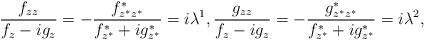
LaTeX: \begin{gather*}\frac{f_{zz}}{f_z-ig_z}=-\frac{f^*_{z^*z^*}}{f^*_{z^*}+ig^*_{z^*}}=i\lambda^1,\frac{g_{zz}}{f_z-ig_z}=-\frac{g^*_{z^*z^*}}{f^*_{z^*}+ig^*_{z^*}}=i\lambda^2,\end{gather*}